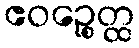
ဧဝဉ္စေတ္ထ